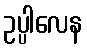
ဥပ္ပါလေန